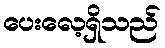
ပေးလေ့ရှိသည်